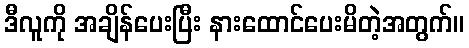
ဒီလူကို အချိန်ပေးပြီး နားထောင်ပေးမိတဲ့အတွက်။